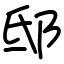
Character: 邸